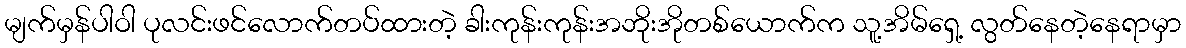
မျက်မှန်ပါဝါ ပုလင်းဖင်လောက်တပ်ထားတဲ့ ခါးကုန်းကုန်းအဘိုးအိုတစ်ယောက်က သူ့အိမ်ရှေ့ လွတ်နေတဲ့နေရာမှာ